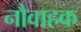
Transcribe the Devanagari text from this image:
नौवाहक